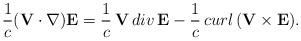
LaTeX: \begin{align*}\frac{1}{c}({\bf V}\cdot\nabla){\bf E}=\frac{1}{c}\,{\bf V}\,div\,{\bf E}-\frac{1}{c}\,curl\,({\bf V}\times{\bf E}).\end{align*}